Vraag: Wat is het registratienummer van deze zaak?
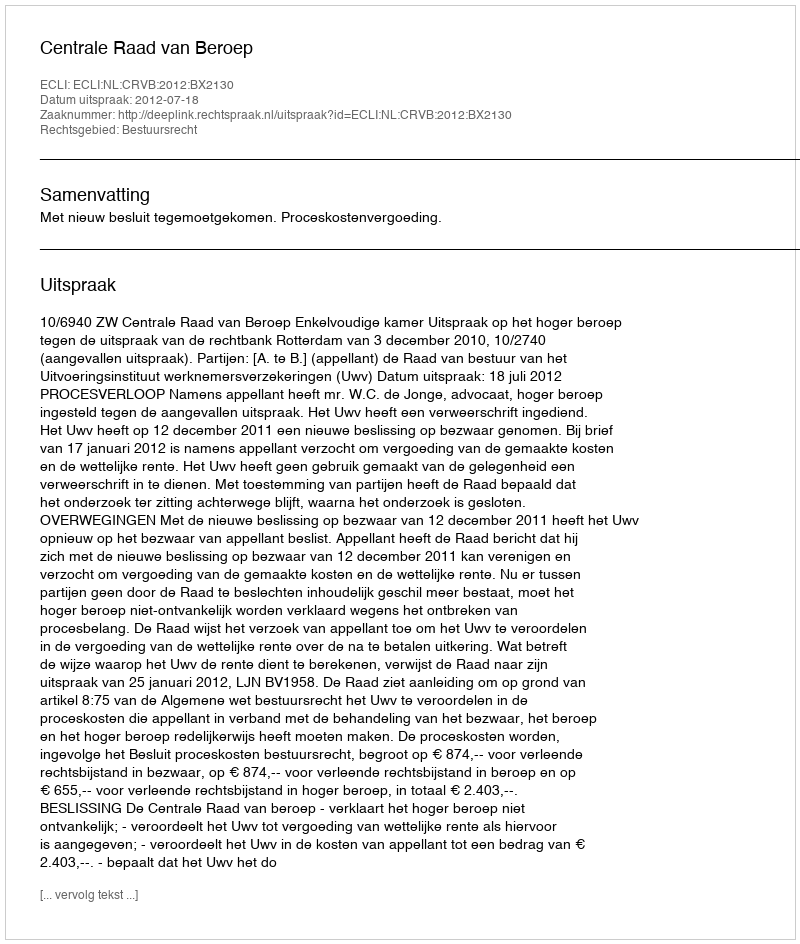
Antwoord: http://deeplink.rechtspraak.nl/uitspraak?id=ECLI:NL:CRVB:2012:BX2130